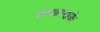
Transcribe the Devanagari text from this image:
संस्‍करणके